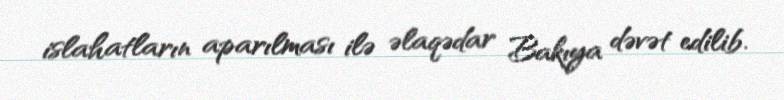
islahatların aparılması ilə əlaqədar Bakıya dəvət edilib.